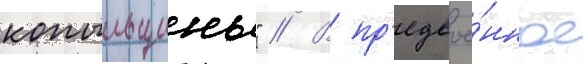
копыльщины" // В пр'едвое́нное